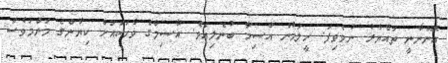
އޮންނާނީ ތައްޔާރު ނުވެވިފަ. ހީލަމުން އާާސިމާ ބުނެލިއެވެ. އާސިމާގެ ވާހަކައަށް ކިޔާންގެ މަންމަވެސް